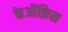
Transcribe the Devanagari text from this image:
केऑफ़िस